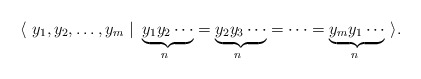
\begin{align*}\langle \ y_1, y_2, \dots, y_m \ \vert\ \underbrace{y_1 y_2 \cdots}_{n~} = \underbrace{y_2 y_3\cdots}_{n~} = \dots = \underbrace{y_m y_1 \cdots}_{n~}\ \rangle.\end{align*}